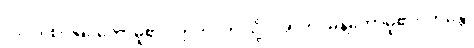
၁၉၂။ စင်မြင်တော်မူ၏။ ဣတိ၊ ဤသို့။ အာဟ၊ မိန့်တော်မူ၏။ ဘန္တေ၊